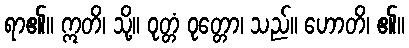
ရာ၏။ ဣတိ၊ သို့။ ဝုတ္တံ ဝုတ္တော၊ သည်။ ဟောတိ၊ ၏။